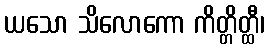
ယသော သိလောကော ကိတ္တိတ္ထီ၊